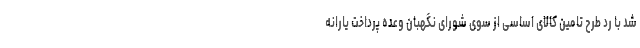
شد با رد طرح تامین کالای اساسی از سوی شورای نگهبان وعده پرداخت یارانه